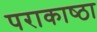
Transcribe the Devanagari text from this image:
पराकाष्‍ठा